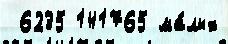
 6235 141765 ма́лых